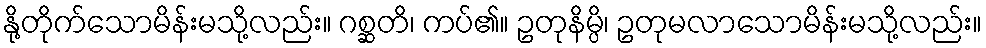
နို့တိုက်သောမိန်းမသို့လည်း။ ဂစ္ဆတိ၊ ကပ်၏။ ဥတုနိမ္ပိ၊ ဥတုမလာသောမိန်းမသို့လည်း။